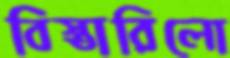
বিস্তারিলো